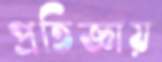
প্রতিজ্ঞায়